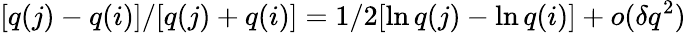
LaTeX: [q(j)-q(i)]/[q(j)+q(i)]=1/2[\ln q(j)-\ln q(i)]+o(\delta q^{2})